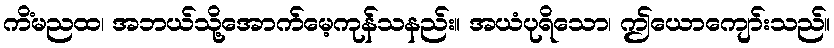
ကိံမညထ၊ အဘယ်သို့အောက်မေ့ကုန်သနည်း။ အယံပုရိသော၊ ဤယောကျော်းသည်။